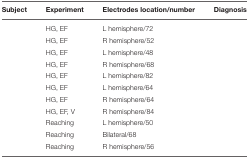
<table><thead><tr><td><b>Subject</b></td><td><b>Experiment</b></td><td><b>Electrodes location/number</b></td><td><b>Diagnosis</b></td></tr></thead><tbody><tr><td>[EMPTY_CELL]</td><td>HG, EF</td><td>L hemisphere/72</td><td>[EMPTY_CELL]</td></tr><tr><td>[EMPTY_CELL]</td><td>HG, EF</td><td>R hemisphere/52</td><td>[EMPTY_CELL]</td></tr><tr><td>[EMPTY_CELL]</td><td>HG, EF</td><td>L hemisphere/48</td><td>[EMPTY_CELL]</td></tr><tr><td>[EMPTY_CELL]</td><td>HG, EF</td><td>R hemisphere/68</td><td>[EMPTY_CELL]</td></tr><tr><td>[EMPTY_CELL]</td><td>HG, EF</td><td>L hemisphere/82</td><td>[EMPTY_CELL]</td></tr><tr><td>[EMPTY_CELL]</td><td>HG, EF</td><td>L hemisphere/64</td><td>[EMPTY_CELL]</td></tr><tr><td>[EMPTY_CELL]</td><td>HG, EF</td><td>R hemisphere/64</td><td>[EMPTY_CELL]</td></tr><tr><td>[EMPTY_CELL]</td><td>HG, EF, V</td><td>R hemisphere/84</td><td>[EMPTY_CELL]</td></tr><tr><td>[EMPTY_CELL]</td><td>Reaching</td><td>L hemisphere/50</td><td>[EMPTY_CELL]</td></tr><tr><td>[EMPTY_CELL]</td><td>Reaching</td><td>Bilateral/68</td><td>[EMPTY_CELL]</td></tr><tr><td>[EMPTY_CELL]</td><td>Reaching</td><td>R hemisphere/56</td><td>[EMPTY_CELL]</td></tr></tbody></table>